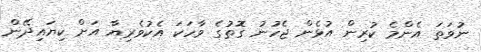
ނުވަތަ އެންމެ ކުރިން އުޅެން ޖެހުނު ގޮތުގެ ވާހަކަ އެކުވެރިޔާ އަށް ކިޔައިދޭން